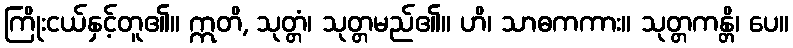
ကြိုးငယ်နှင့်တူ၏။ ဣတိ, သုတ္တံ၊ သုတ္တမည်၏။ ဟိ၊ သာဓကကား။ သုတ္တကန္တိ၊ ပေ။